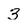
Character: 3